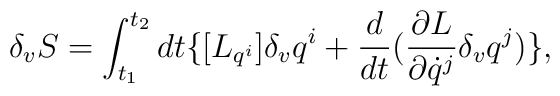
\delta_v {S}=\int_{t_1}^{t_2}dt \{[{L}_{q^ i}] \delta_v q^i+\frac{d}{dt}(\frac{\partial {L}}{\partial \dot q^j}\delta_vq^j)\},